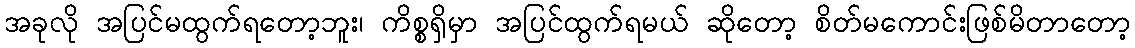
အခုလို အပြင်မထွက်ရတော့ဘူး၊ ကိစ္စရှိမှာ အပြင်ထွက်ရမယ် ဆိုတော့ စိတ်မကောင်းဖြစ်မိတာတော့